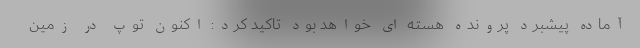
آماده پیشبرد پرونده هسته ای خواهد بود تاکید کرد: اکنون توپ در زمین